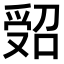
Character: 𠹾